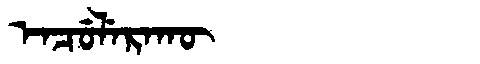
Manchu: ᡝᠨᠴᡠᠯᡝᡵᠠᡴᡡ
Romanization: ENCULERAKŪ